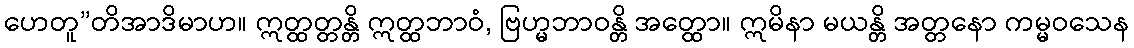
ဟေတူ”တိအာဒိမာဟ။ ဣတ္ထတ္တန္တိ ဣတ္ထဘာဝံ, ဗြဟ္မဘာဝန္တိ အတ္ထော။ ဣမိနာ မယန္တိ အတ္တနော ကမ္မဝသေန